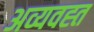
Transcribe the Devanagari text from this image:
अव्यवह्त